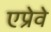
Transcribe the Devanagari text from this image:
एप्रेवे